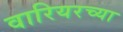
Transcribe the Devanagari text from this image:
वारियरच्या